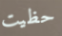
حظيت